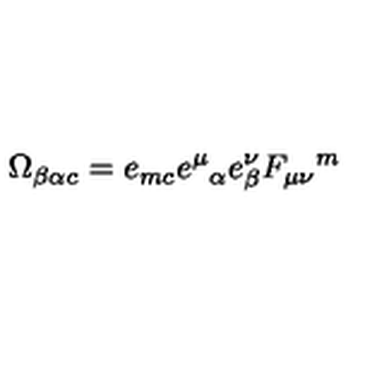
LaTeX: \Omega _ { \beta \alpha c } = e _ { m c } e ^ { \mu } { } _ { \alpha } e ^ { \nu } _ { \beta } F _ { \mu \nu } { } ^ { m }